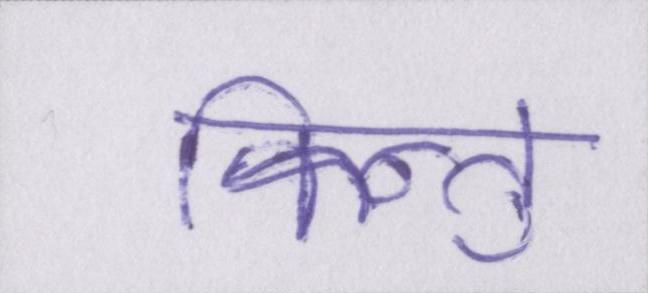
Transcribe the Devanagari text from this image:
किन्तु